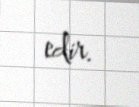
edir.